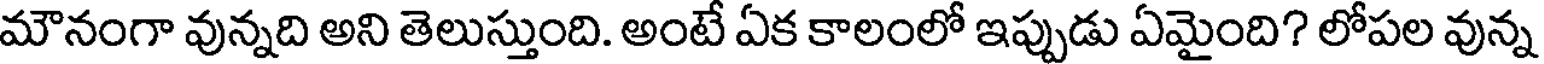
మౌనంగా వున్నది అని తెలుస్తుంది. అంటే ఏక కాలంలో ఇప్పుడు ఏమైంది? లోపల వున్న